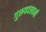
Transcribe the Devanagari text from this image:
गुरूपदस्वामी